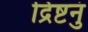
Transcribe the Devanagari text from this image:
द्रिष्टनुं